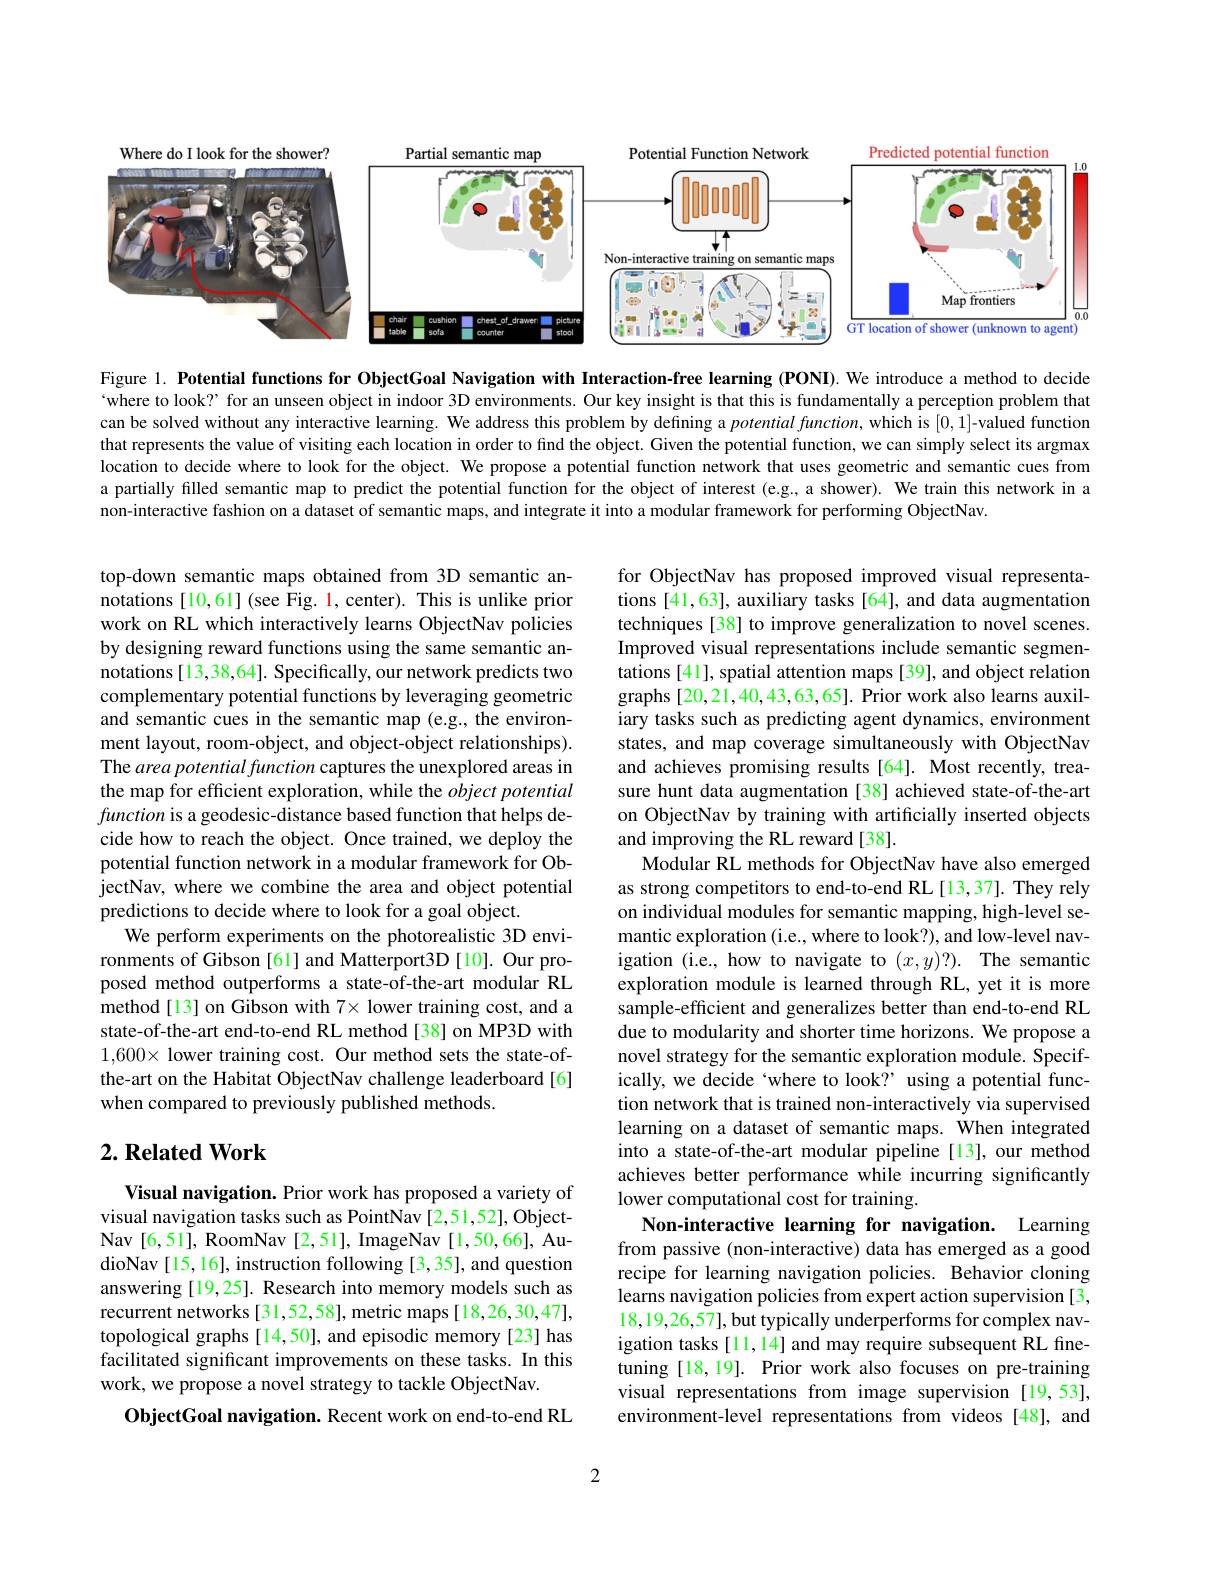
<FigureHere>

Figure 1. Potential functions for ObjectGoal Navigation with Interaction-free learning (PONI). We introduce a method to decide “where to look? for an unseen object in indoor 3D environments. Our key insight is that this is fundamentally a perception problem that can be solved without any interactive learming. We address this problem by defining a potential function, which is [0,1]-valued function that represents the value of visiting each location in order to find the object. Given the potential function, we can simply select its argmax location to decide where to look for the object. We propose a potential function network that uses geometric and semantic cues from a partially filled semantic map to predict the potential function for the object of interest (e.g,a shower). We train this network in a non-interactive fashion on a dataset of semantic maps, and integrate it into a modular framework for performing ObjectNav.

top-down semantic maps obtained from 3D semantic annotations [10,61] (see Fig. 1, center). This is unlike prior work on RL which interactively learns ObjectNav policies by designing reward functions using the same semantic annotations [13,38,64]. Specifically, our network predicts two complementary potential functions by leveraging geometric and semantic cues in the semantic map (e.g., the environment layout, room-object, and object-object relationships). The area potential function captures the unexplored areas in the map for efficient exploration, while the object potential function is a geodesic-distance based function that helps decide how to reach the object. Once trained, we deploy the potential function network in a modular framework for ObjectNav, where we combine the area and object potential predictions to decide where to look for a goal object.
We perform experiments on the photorealistic 3D environments of Gibson [61] and Matterport3D [10]. Our proposed method outperforms a state-of-the-art modular RL method[13] on Gibson with $7\times$ lower training cost, and a state-of-the-art end-to-end RL method [38] on MP3D with $1,600\times$ lower training cost. Our method sets the state-ofthe-art on the Habitat ObjectNav challenge leaderboard [6] when compared to previously published methods.

for ObjectNav has proposed improved visual representations [41,63], auxiliary tasks [64], and data augmentation techniques [38] to improve generalization to novel scenes. Improved visual representations include semantic segmentations [41], spatial attention maps [39], and object relation graphs[20,21,40,43,63,65]. Prior work also learns auxiliary tasks such as predicting agent dynamics, environment states, and map coverage simultaneously with ObjectNav and achieves promising results [64]. Most recently, treasure hunt data augmentation [38] achieved state-of-the-art on ObjectNav by training with artificially inserted objects and improving the RL reward[38].
Modular RL methods for ObjectNav have also emerged as strong competitors to end-to-end RL [13,37]. They rely on individual modules for semantic mapping, high-level semantic exploration (i.e., where to look?), and low-level navigation (i.e., how to navigate to $( x, y) ? ) .$ The semantic exploration module is learned through RL,yet it is more sample-efficient and generalizes better than end-to-end RL due to modularity and shorter time horizons. We propose a novel strategy for the semantic exploration module. Specifically, we decide `where to look?" using a potential function network that is trained non-interactively via supervised learning on a dataset of semantic maps. When integrated into a state-of-the-art modular pipeline [13], our method achieves better performance while incurring significantly lower computational cost for training.
Non-interactive learning for navigation. Learning from passive (non-interactive) data has emerged as a good recipe for learning navigation policies. Behavior cloning learns navigation policies from expert action supervision [3, 18,19,26,57],but typically underperforms for complex navigation tasks [11,14] and may require subsequent RL finetuning [18,19]. Prior work also focuses on pre-training visual representations from image supervision [19,53], environment-level representations from videos [48], and

## $2. \textbf{Related Work}$

Visual navigation. Prior work has proposed a variety of visual navigation tasks such as PointNav [2,51,52], ObjectNav [6,51], RoomNav [2,51], ImageNav [1,50,66], AudioNav [15,16], instruction following [3,35], and question answering [19,25]. Research into memory models such as recurrent networks [31,52,58], metric maps [18,26,30,47], topological graphs [14,50], and episodic memory [23] has facilitated significant improvements on these tasks. In this work, we propose a novel strategy to tackle ObjectNav.
ObjectGoal navigation. Recent work on end-to-end RL

2